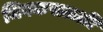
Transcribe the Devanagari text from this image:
चिक्कसळ्ळी